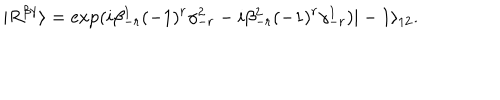
LaTeX: | R ^ { \beta \gamma } \rangle = \exp ( i \beta _ { - r } ^ { 1 } ( - 1 ) ^ { r } \gamma _ { - r } ^ { 2 } - i \beta _ { - r } ^ { 2 } ( - 1 ) ^ { r } \gamma _ { - r } ^ { 1 } ) | - 1 \rangle _ { 1 2 } .